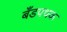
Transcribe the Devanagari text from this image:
बँडपथक